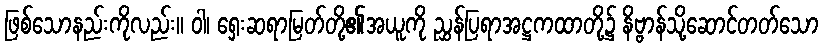
ဖြစ်သောနည်းကိုလည်း။ ဝါ၊ ရှေးဆရာမြတ်တို့၏အယူကို ညွှန်ပြရာအဋ္ဌကထာတို့၌ နိဗ္ဗာန်သို့ဆောင်တတ်သော